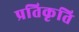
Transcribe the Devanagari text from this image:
प्रतिकृति